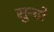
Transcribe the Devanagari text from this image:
सुन्दो